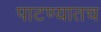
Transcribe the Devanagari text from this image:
पाटण्यातच